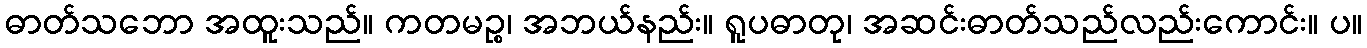
ဓာတ်သဘော အထူးသည်။ ကတမဉ္စ၊ အဘယ်နည်း။ ရူပဓာတု၊ အဆင်းဓာတ်သည်လည်းကောင်း။ ပ။